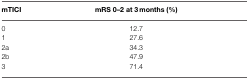
<table><thead><tr><td><b>mTICI</b></td><td><b>mRS 0–2 at 3 months (%)</b></td></tr></thead><tbody><tr><td>0</td><td>12.7</td></tr><tr><td>1</td><td>27.6</td></tr><tr><td>2a</td><td>34.3</td></tr><tr><td>2b</td><td>47.9</td></tr><tr><td>3</td><td>71.4</td></tr></tbody></table>